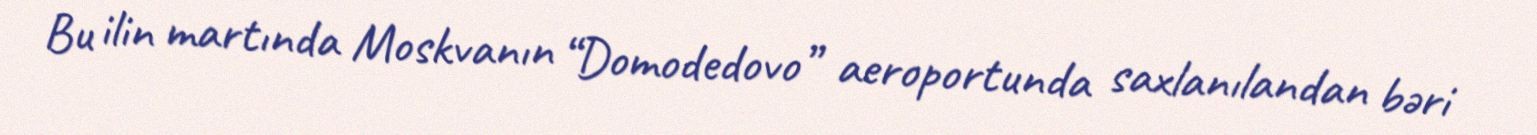
Bu ilin martında Moskvanın “Domodedovo” aeroportunda saxlanılandan bəri